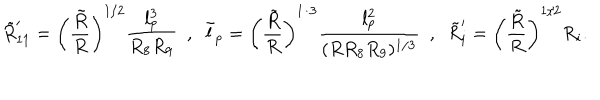
\tilde { R } _ { 1 1 } ^ { \prime } = \left( \frac { \tilde { R } } { R } \right) ^ { 1 / 2 } \frac { l _ { p } ^ { 3 } } { R _ { 8 } R _ { 9 } } \ \ , \ \ \tilde { l } _ { p } = \left( \frac { \tilde { R } } { R } \right) ^ { 1 / 3 } \frac { l _ { p } ^ { 2 } } { ( R R _ { 8 } R _ { 9 } ) ^ { 1 / 3 } } \ \ , \ \ \tilde { R } _ { i } ^ { \prime } = \left( \frac { \tilde { R } } { R } \right) ^ { 1 / 2 } R _ { i } .